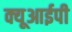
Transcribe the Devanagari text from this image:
क्यूआईपी